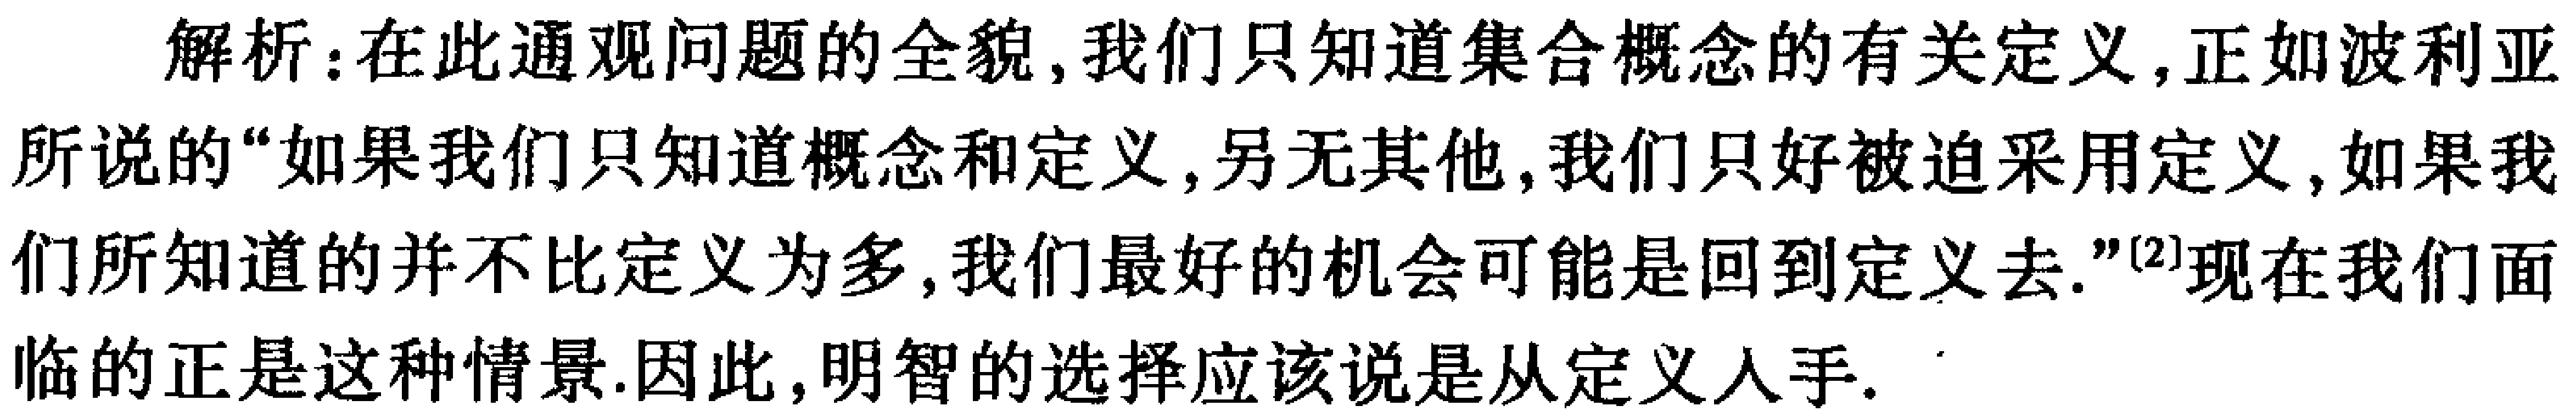
解析：在此通观问题的全貌, 我们只知道集合概念的有关定义, 正如波利亚所说的“如果我们只知道概念和定义, 别无其他, 我们只好被迫采用定义, 如果我们所知道的并不比定义为多, 我们最好的机会可能是回到定义去.”\(^{[2]}\)现在我们面临的正是这种情景. 因此, 明智的选择应该说是从定义入手.